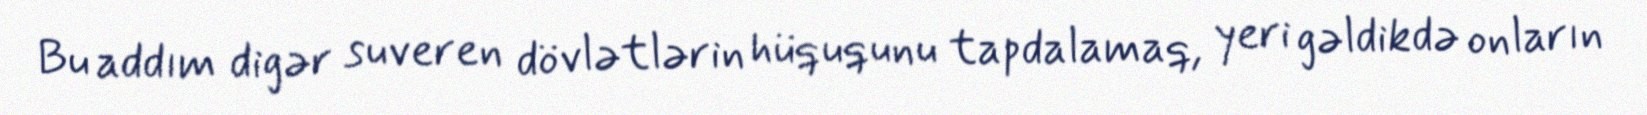
Bu addım digər suveren dövlətlərin hüququnu tapdalamaq, yeri gəldikdə onların